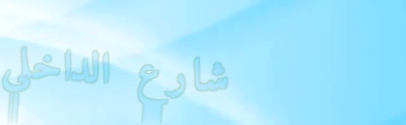
شارع الداخلي